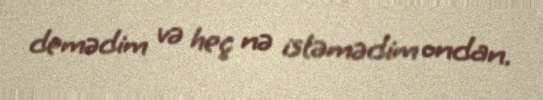
demədim və heç nə istəmədim ondan.